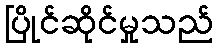
ပြိုင်ဆိုင်မှုသည်